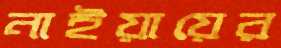
নাইয়ায়ের